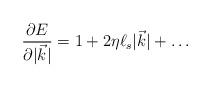
LaTeX: \begin{align*}\frac{\partial E}{\partial |{\vec k}|} = 1 + 2\eta \ell_s|{\vec k}| + \dots \end{align*}